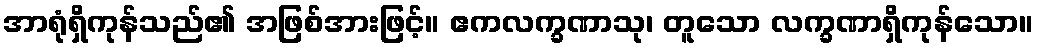
အာရုံရှိကုန်သည်၏ အဖြစ်အားဖြင့်။ ဧကလက္ခဏာသု၊ တူသော လက္ခဏာရှိကုန်သော။